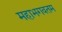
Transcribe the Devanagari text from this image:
महाभगवतम